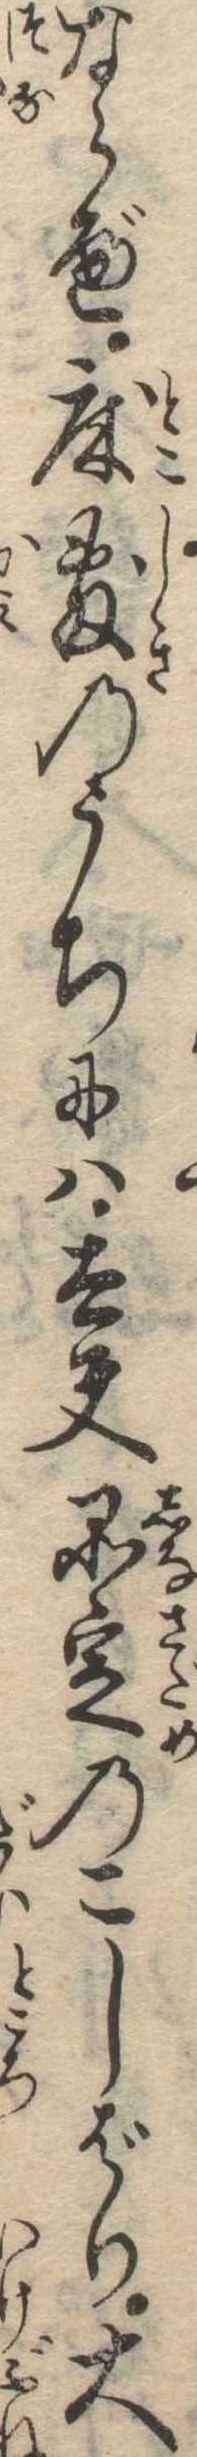
ならべ床敷のうちには太夫品定のこしばり大